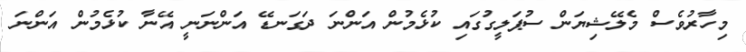
މިހާރުވެސް މެލޭޝިޔަން ސުޕަލީގުގައި ކުޅެމުން އަންނަ ދަގަނޑޭ އަންނަނީ އޭނާ ކުޅެމުން އަންނަ